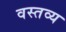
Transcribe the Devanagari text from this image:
वस्तव्य